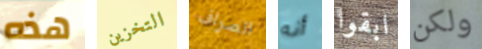
هذه التخزين الصراف أنه ابقوا ولكن